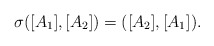
\begin{align*}\sigma([A_{1}],[A_{2}])=([A_{2}],[A_{1}]). \end{align*}